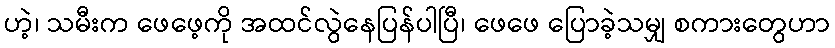
ဟဲ့၊ သမီးက ဖေဖေ့ကို အထင်လွဲနေပြန်ပါပြီ၊ ဖေဖေ ပြောခဲ့သမျှ စကားတွေဟာ